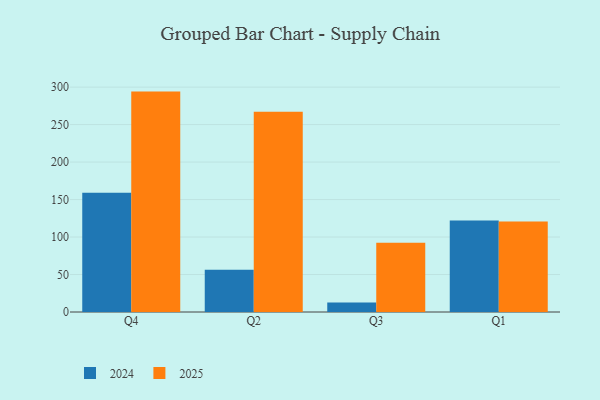
{"axis": {"x": "Quarter", "y": "Page Views"}, "legend": ["2024", "2025"], "data": [{"x": "Q4", "y": 294.0, "type": "2025"}, {"x": "Q4", "y": 159.2, "type": "2024"}, {"x": "Q2", "y": 267.1, "type": "2025"}, {"x": "Q2", "y": 56.2, "type": "2024"}, {"x": "Q3", "y": 92.4, "type": "2025"}, {"x": "Q3", "y": 12.7, "type": "2024"}, {"x": "Q1", "y": 120.6, "type": "2025"}, {"x": "Q1", "y": 122.0, "type": "2024"}]}